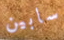
سابين